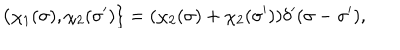
\{ \chi _ { 1 } ( \sigma ) , \chi _ { 2 } ( \sigma ^ { \prime } ) \} = ( \chi _ { 2 } ( \sigma ) + \chi _ { 2 } ( \sigma ^ { \prime } ) ) \delta ^ { \prime } ( \sigma - \sigma ^ { \prime } ) ,